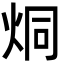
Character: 烔